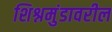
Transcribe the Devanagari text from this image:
शिश्नमुंडावरील